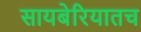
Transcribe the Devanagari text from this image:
सायबेरियातच